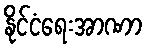
နိုင်ငံရေးအာဏာ